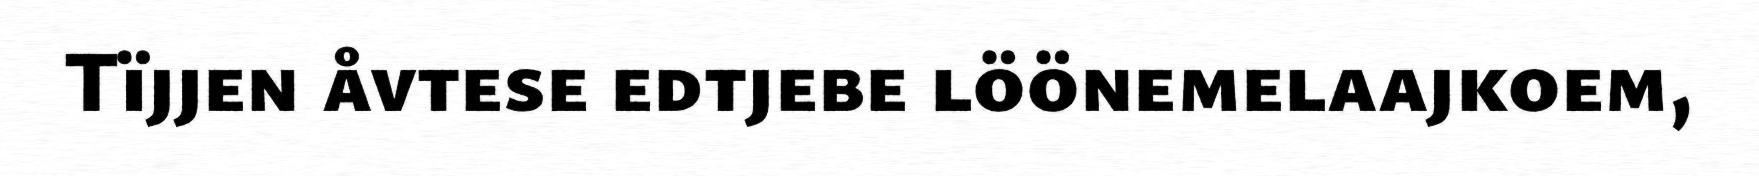
Tïjjen åvtese edtjebe löönemelaajkoem,